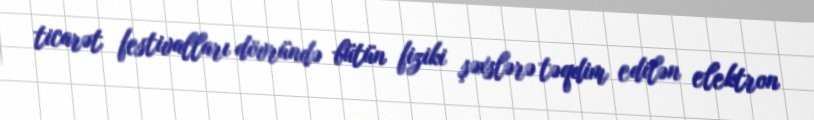
ticarət festivalları dövründə bütün fiziki şəxslərə təqdim edilən elektron